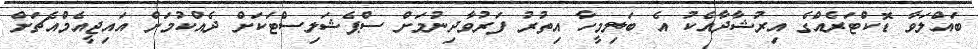
ބައްލަވާ ޑޮކްޓަރެއްގެ އިރުޝާދާއެކު އެ ބަލިމީހާ އިތުރު ފަރުވާދިނުމަށް ސްޕެޝަލިސްޓަކަށް ދެއްކުމަށް އައިޖީއެމްއެޗަށް